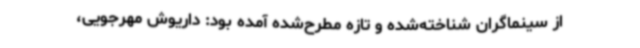
از سینماگران شناخته‌شده و تازه مطرح‌شده آمده بود: داریوش مهرجویی،